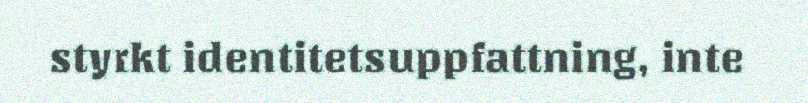
styrkt identitetsuppfattning, inte